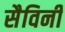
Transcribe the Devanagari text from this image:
सैविनी